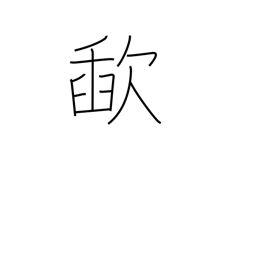
Meaning: slurp